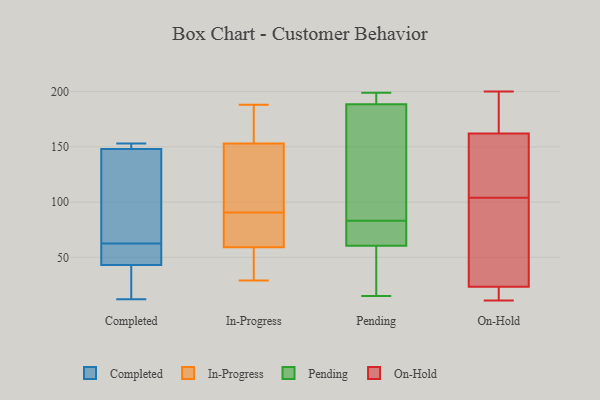
{"axis": {"x": "Temperature (°C)", "y": "Value"}, "legend": ["Completed", "In-Progress", "On-Hold", "Pending"], "data": [{"x": "", "y": 65, "type": "Completed"}, {"x": "", "y": 60, "type": "Completed"}, {"x": "", "y": 28, "type": "Completed"}, {"x": "", "y": 82, "type": "Completed"}, {"x": "", "y": 151, "type": "Completed"}, {"x": "", "y": 43, "type": "Completed"}, {"x": "", "y": 148, "type": "Completed"}, {"x": "", "y": 153, "type": "Completed"}, {"x": "", "y": 59, "type": "Completed"}, {"x": "", "y": 12, "type": "Completed"}, {"x": "", "y": 182, "type": "In-Progress"}, {"x": "", "y": 115, "type": "In-Progress"}, {"x": "", "y": 153, "type": "In-Progress"}, {"x": "", "y": 188, "type": "In-Progress"}, {"x": "", "y": 38, "type": "In-Progress"}, {"x": "", "y": 55, "type": "In-Progress"}, {"x": "", "y": 118, "type": "In-Progress"}, {"x": "", "y": 74, "type": "In-Progress"}, {"x": "", "y": 188, "type": "In-Progress"}, {"x": "", "y": 184, "type": "In-Progress"}, {"x": "", "y": 48, "type": "In-Progress"}, {"x": "", "y": 77, "type": "In-Progress"}, {"x": "", "y": 29, "type": "In-Progress"}, {"x": "", "y": 83, "type": "In-Progress"}, {"x": "", "y": 122, "type": "In-Progress"}, {"x": "", "y": 98, "type": "In-Progress"}, {"x": "", "y": 77, "type": "In-Progress"}, {"x": "", "y": 59, "type": "In-Progress"}, {"x": "", "y": 184, "type": "Pending"}, {"x": "", "y": 68, "type": "Pending"}, {"x": "", "y": 141, "type": "Pending"}, {"x": "", "y": 190, "type": "Pending"}, {"x": "", "y": 137, "type": "Pending"}, {"x": "", "y": 17, "type": "Pending"}, {"x": "", "y": 198, "type": "Pending"}, {"x": "", "y": 15, "type": "Pending"}, {"x": "", "y": 60, "type": "Pending"}, {"x": "", "y": 62, "type": "Pending"}, {"x": "", "y": 194, "type": "Pending"}, {"x": "", "y": 174, "type": "Pending"}, {"x": "", "y": 25, "type": "Pending"}, {"x": "", "y": 192, "type": "Pending"}, {"x": "", "y": 46, "type": "Pending"}, {"x": "", "y": 83, "type": "Pending"}, {"x": "", "y": 68, "type": "Pending"}, {"x": "", "y": 199, "type": "Pending"}, {"x": "", "y": 67, "type": "Pending"}, {"x": "", "y": 200, "type": "On-Hold"}, {"x": "", "y": 27, "type": "On-Hold"}, {"x": "", "y": 126, "type": "On-Hold"}, {"x": "", "y": 11, "type": "On-Hold"}, {"x": "", "y": 169, "type": "On-Hold"}, {"x": "", "y": 42, "type": "On-Hold"}, {"x": "", "y": 104, "type": "On-Hold"}, {"x": "", "y": 173, "type": "On-Hold"}, {"x": "", "y": 22, "type": "On-Hold"}, {"x": "", "y": 14, "type": "On-Hold"}, {"x": "", "y": 159, "type": "On-Hold"}, {"x": "", "y": 17, "type": "On-Hold"}, {"x": "", "y": 163, "type": "On-Hold"}, {"x": "", "y": 140, "type": "On-Hold"}, {"x": "", "y": 73, "type": "On-Hold"}]}